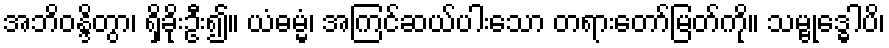
အဘိဝန္ဒိတွာ၊ ရှိခိုးဦး၍။ ယံဓမ္မံ၊ အကြင်ဆယ်ပါးသော တရားတော်မြတ်ကို။ သမ္ဗုဒ္ဓေါပိ၊